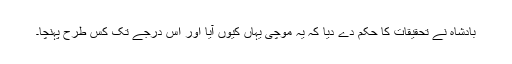
بادشاہ نے تحقیقات کا حکم دے دیا کہ یہ موچی یہاں کیوں آیا اور اس درجے تک کس طرح پہنچا۔